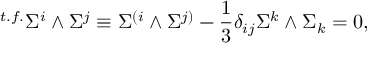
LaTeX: { } ^ { t . f . } \Sigma ^ { i } \wedge \Sigma ^ { j } \equiv \Sigma ^ { ( i } \wedge \Sigma ^ { j ) } - { \frac { 1 } { 3 } } \delta _ { i j } \Sigma ^ { k } \wedge \Sigma _ { k } = 0 ,